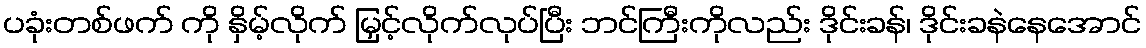
ပခုံးတစ်ဖက် ကို နှိမ့်လိုက် မြှင့်လိုက်လုပ်ပြီး ဘင်ကြီးကိုလည်း ဒိုင်းခန်၊ ဒိုင်းခနဲနေအောင်